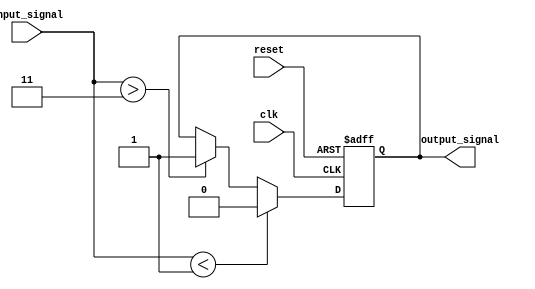
module schmitt_trigger_buffer(
    input wire clk,
    input wire reset,
    input wire input_signal,
    output reg output_signal
);

parameter Vt_minus = 1; // Lower threshold voltage
parameter Vt_plus = 3; // Upper threshold voltage

reg buffer_state;

always @(posedge clk or posedge reset) begin
    if (reset) begin
        buffer_state <= 1'b0;
    end else begin
        if (input_signal < Vt_minus) begin
            buffer_state <= 1'b0;
        end else if (input_signal > Vt_plus) begin
            buffer_state <= 1'b1;
        end else begin
            buffer_state <= buffer_state;
        end
    end
end

always @(buffer_state) begin
    output_signal <= buffer_state;
end

endmodule